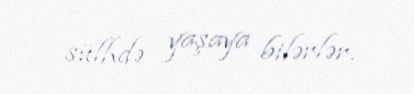
sülhdə yaşaya bilərlər.